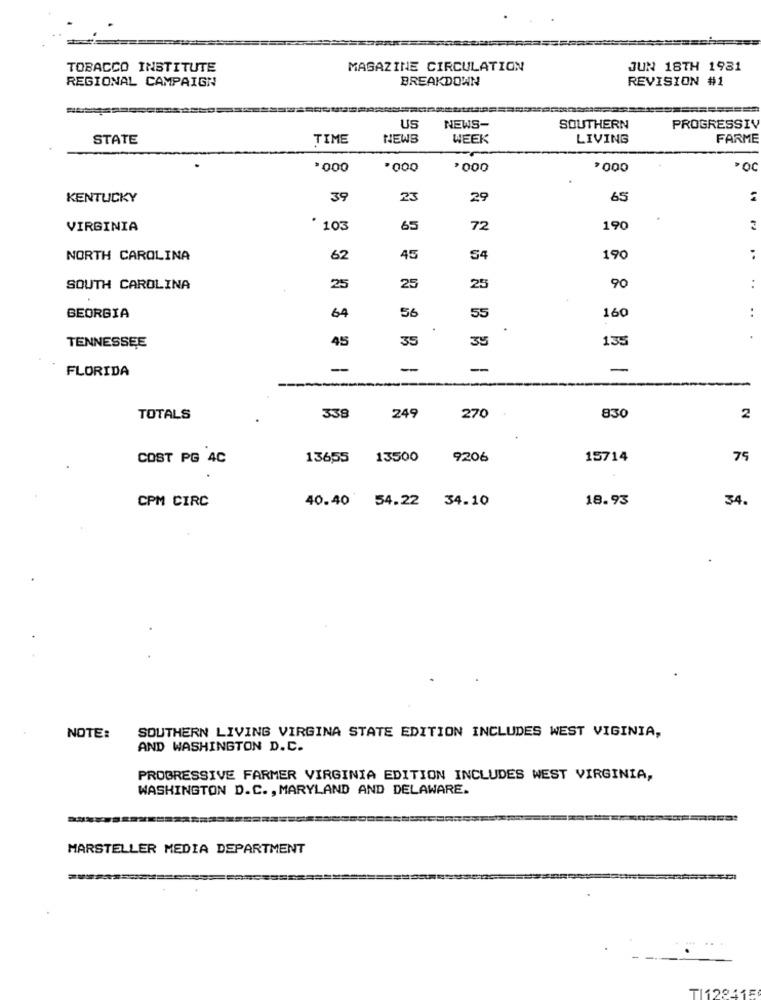
TOBACCO INSTITUTE
MAGAZINE CIRCULATION
JUN 18TH 1981
REGIONAL CAMPAIGN
BREAKDOWN
REVISION #1
US
NEWS-
SOUTHERN
PROGRESSIV
STATE
TIME
NEWS
WEEK
LIVING
FARME
.000
.000
,000
*000
KENTUCKY
39
23
29
65
:
VIRGINIA
* 103
65
72
190
NORTH CAROLINA
62
45
54
190
:
90
SOUTH CAROLINA
25
25
25
:
64
56
:
GEORGIA
55
160
45
35
35
135
TENNESSEE
-
-
-
-
FLORIDA
TOTALS
338
249
270
830
2
COST PG 4C
13655 13500
9206
15714
75
CPM CIRC
40.40 54.22 34.10
18.93
34.
NOTE:
SOUTHERN LIVING VIRGINA STATE EDITION INCLUDES WEST VIGINIA,
AND WASHINGTON D.C.
PROGRESSIVE FARMER VIRGINIA EDITION INCLUDES WEST VIRGINIA,
WASHINGTON D.C. , MARYLAND AND DELAWARE.
MARSTELLER MEDIA DEPARTMENT
TI128115